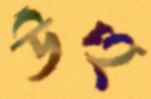
উঁহু